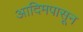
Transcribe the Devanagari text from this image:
आदिमपासून